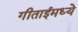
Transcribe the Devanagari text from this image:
गीताईमध्ये